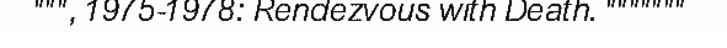
""", 1975-1978: Rendezvous with Death. """""""